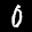
Label: 0